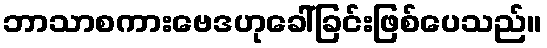
ဘာသာစကားဗေဒဟုခေါ်ခြင်းဖြစ်ပေသည်။